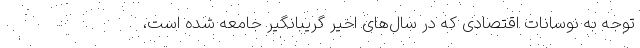
توجه به نوسانات اقتصادی که در سال‌های اخیر گریبانگیر جامعه شده است،